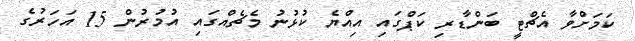
ކަމަށްވާ އެޗްޓީ ބަންޑާރި ކަޕްގައި އިއްޔެ ކުޅުނު މެޗެއްގައި އުމުރުން 15 އަހަރުގެ